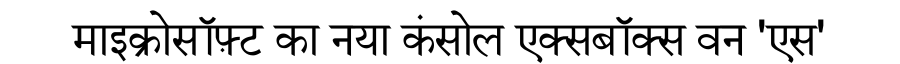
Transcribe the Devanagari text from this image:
माइक्रोसॉफ़्ट का नया कंसोल एक्सबॉक्स वन 'एस'